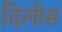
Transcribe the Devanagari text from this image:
दिलीस